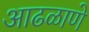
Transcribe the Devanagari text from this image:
आढळाणे